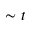
\sim t